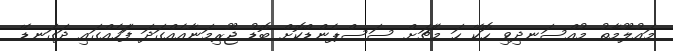
މައުލޫމާތު މުއްސަނދިވި ހޮކޭ ހަ މެޗަށް ސަސްޕެންޑްކޮށް ބޮޑު ޖޫރިމަނާއެއްގަދަ ފަަހެއްގައި ދަގަނޑޭ